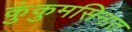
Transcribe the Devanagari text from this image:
कुंकुमसिनात